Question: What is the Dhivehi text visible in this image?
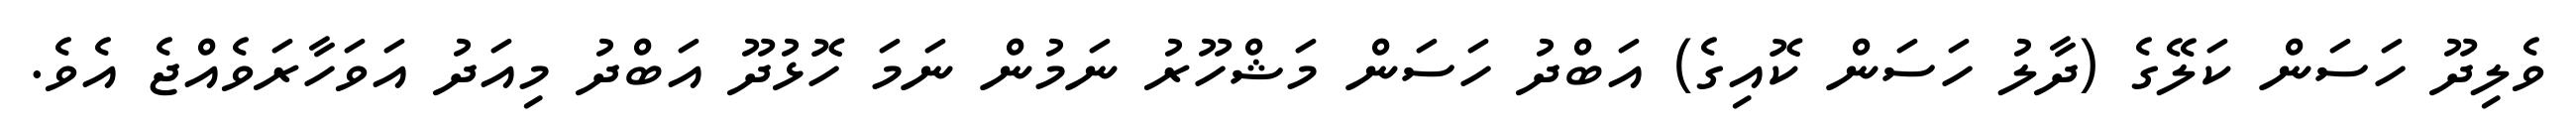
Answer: ވެލިދޫ ހަސަން ކަލޭގެ (ދާލު ހަސަން ކޮއިގެ) އަބްދު ހަސަން މަޝްހޫރު ނަމުން ނަމަ ހޮޅުދޫ އަބްދު މިއަދު އަވަހާރަވެއްޖެ އެވެ.